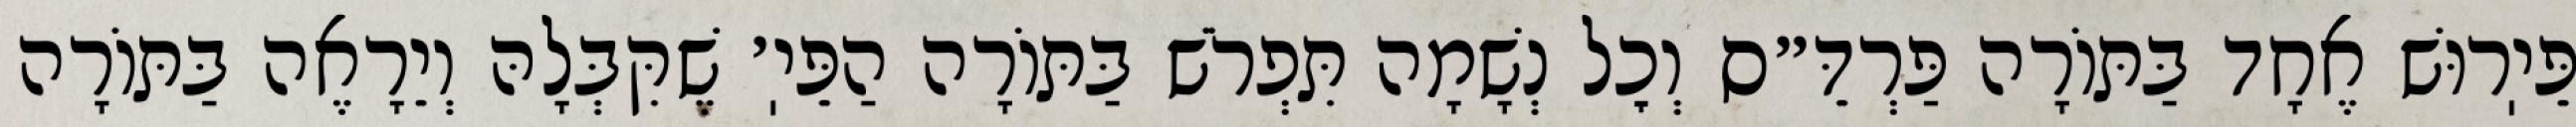
פֵּיֽרוּשׁ אֶחָד בַּתּוֹרָה פַּרְדֵּ״ס וְכׇל נְשָׁמָה תִּפְרֹשׁ בַּתּוֹרָה הַפֵּיֽ׳ שֶׁקִּבְּלָהּ וְיֵרָאֶה בַּתּוֹרָה